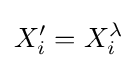
X_{i}'=X_{i}^{\lambda }